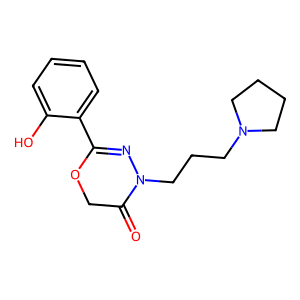
SMILES: O=C1COC(c2ccccc2O)=NN1CCCN1CCCC1
Inhibits HIV replication: No